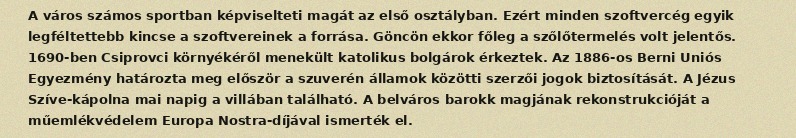
A város számos sportban képviselteti magát az első osztályban. Ezért minden szoftvercég egyik legféltettebb kincse a szoftvereinek a forrása. Göncön ekkor főleg a szőlőtermelés volt jelentős. 1690-ben Csiprovci környékéről menekült katolikus bolgárok érkeztek. Az 1886-os Berni Uniós Egyezmény határozta meg először a szuverén államok közötti szerzői jogok biztosítását. A Jézus Szíve-kápolna mai napig a villában található. A belváros barokk magjának rekonstrukcióját a műemlékvédelem Europa Nostra-díjával ismerték el.